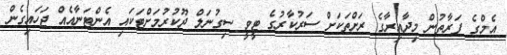
އެމްގެ ފަރާތުން މިދާއިރާގެ ރަށްތަކަށް ސަރުކާރުގެ ޓީވީ ސިގުނަލް ދޫކުރުމަށްޓަކައި އެންޓަނާއެއް ޖަހައިގެން